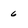
Character: 6